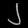
Digit: ၂